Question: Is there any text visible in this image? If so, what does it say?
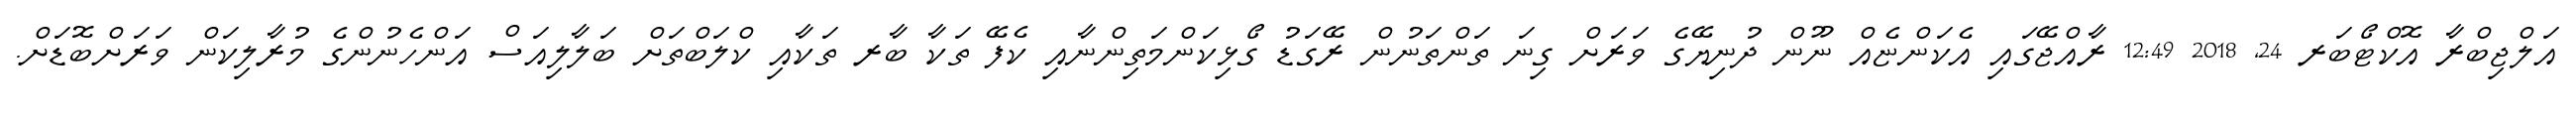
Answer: އަލްޖިބްރާ އޮކްޓޯބަރ 24, 2018 12:49 ރާއްޖޭގައި އެކަންޏެއް ނޫން ދުނިޔޭގެ ވަރަށް ގިނަ ތަންތަނުން ރޭގަޑު ގޯޅިކަންމަތިންނާއި ކެފޭ ތަކާ ބާރ ތަކާއި ކްލަބްތަށް ބަލާލިއަސް އަންހެނުންގެ މުރާލިކަން ވަރަށްބޮޑަށް.